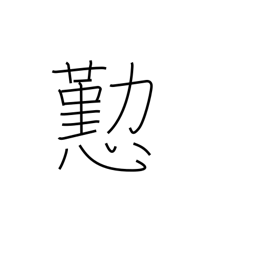
Meaning: courtesy